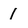
Character: I